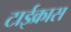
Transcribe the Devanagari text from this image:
टाईक्रास